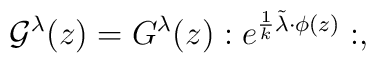
{\cal G}^\lambda(z)={G}^\lambda(z): e^{\frac 1 {k}\tilde\lambda\cdot\phi(z)}:,